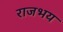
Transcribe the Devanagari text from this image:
राजभय